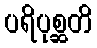
ပရိပုစ္ဆတိ